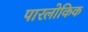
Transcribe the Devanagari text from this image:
पारलोकिक